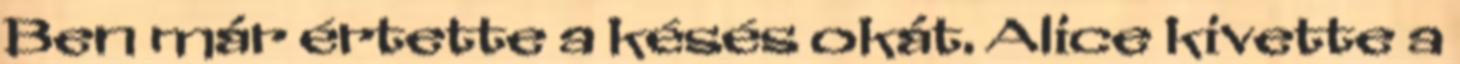
Ben már értette a késés okát. Alice kivette a